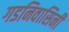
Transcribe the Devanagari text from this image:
गडनिवासिनी